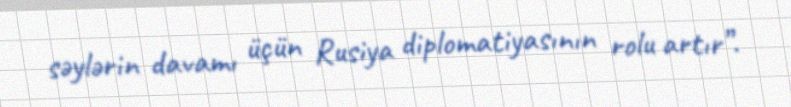
səylərin davamı üçün Rusiya diplomatiyasının rolu artır”.